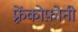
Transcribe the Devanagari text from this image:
फ़्रेंकोफ़ोनी